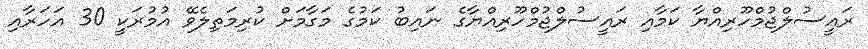
ރައީސުލްޖުމްހޫރިއްޔާ ކަމާއި ރައީސުލްޖުމްހޫރިއްޔާގެ ނައިބު ކަމުގެ މަގާމަށް ކުރިމަތިލެވޭ އުމުރަކީ 30 އަހަރާއި